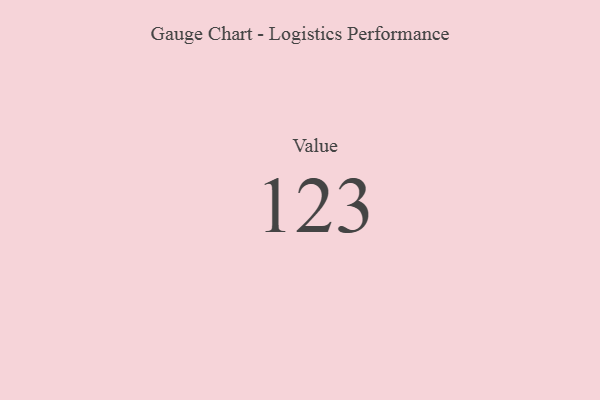
{"axis": {"x": "Metric", "y": "Value"}, "legend": [""], "data": [{"x": "Value", "y": 123, "type": ""}]}